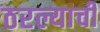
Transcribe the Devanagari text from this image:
ठरल्याची